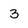
Character: 3